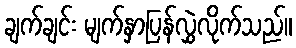
ချက်ချင်း မျက်နှာပြန်လွှဲလိုက်သည်။